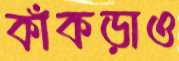
কাঁকড়াও